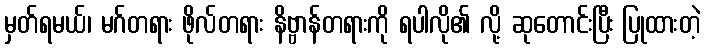
မှတ်ရမယ်၊ မဂ်တရား ဖိုလ်တရား နိဗ္ဗာန်တရားကို ရပါလို၏ လို့ ဆုတောင်းပြီး ပြုထားတဲ့